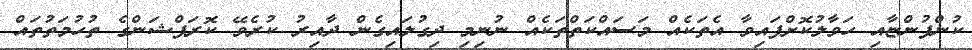
ކުންފުންޏާއި ހަވާލުކޮށްފައިވާ އެތަކެއް މަސައްކަތްތަކެއް ނުނިމި ދިގުލައިގެން ދާއިރު ކުރެވޭ ކޮރަޕްޝަންގެ ތުހުމަތުތައް